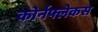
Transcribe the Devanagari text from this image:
कोर्नफ्लेकस